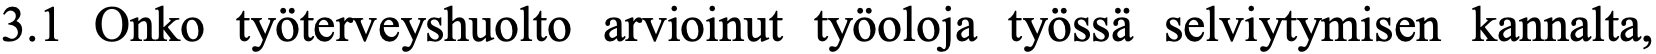
3.1 Onko työterveyshuolto arvioinut työoloja työssä selviytymisen kannalta,